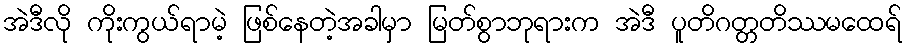
အဲဒီလို ကိုးကွယ်ရာမဲ့ ဖြစ်နေတဲ့အခါမှာ မြတ်စွာဘုရားက အဲဒီ ပူတိဂတ္တတိဿမထေရ်